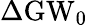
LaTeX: \Delta\mathrm{GW}_{0}